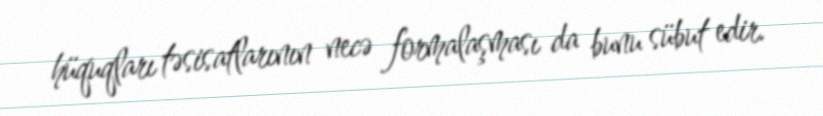
hüquqları təsisatlarının necə formalaşması da bunu sübut edir.